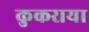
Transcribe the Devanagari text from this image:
कुकराया